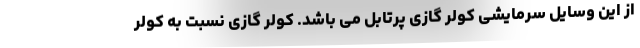
از این وسایل سرمایشی کولر گازی پرتابل می باشد. کولر گازی نسبت به کولر